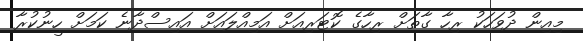
މިއިން ދުވަހަކު ރިހާ ގާތަށް ރިހާގެ ކޮޓަރިއަށް އަމިއްލައަށް އައިސްދާނެ ކަމަށް ހީނުކުރާ